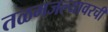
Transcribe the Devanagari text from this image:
तळमजल्यावरची